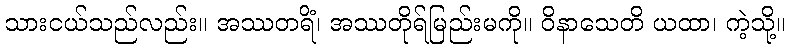
သားငယ်သည်လည်း။ အဿတရိံ၊ အဿတိုရ်မြည်းမကို။ ဝိနာသေတိ ယထာ၊ ကဲ့သို့။